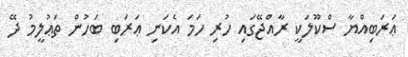
ޢަރަބިއްޔާ ސްކޫލަކީ ރާއްޖޭގައި ހުރި ހަމަ އެކަނި ޢަރަބި ބަހުން ތަޢުލީމު ދޭ